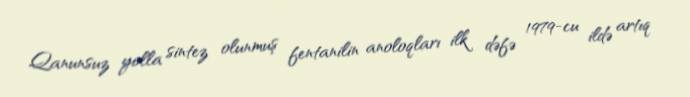
Qanunsuz yolla sintez olunmuş fentanilin anoloqları ilk dəfə 1979-cu ildə artıq